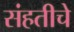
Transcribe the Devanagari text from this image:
संहतीचे